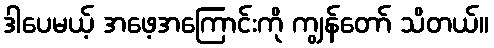
ဒါပေမယ့် အဖေ့အကြောင်းကို ကျွန်တော် သိတယ်။